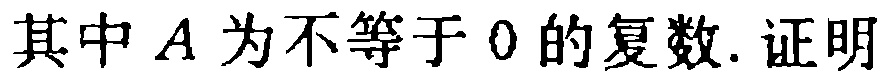
其中\(A\)为不等于\(0\)的复数. 证明